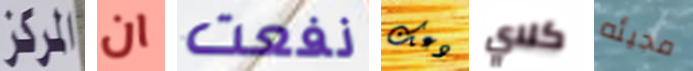
المركز ان نفعت دعك كلاي مجيئه